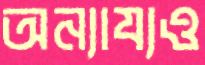
অন্যায্যও